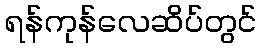
ရန်ကုန်လေဆိပ်တွင်